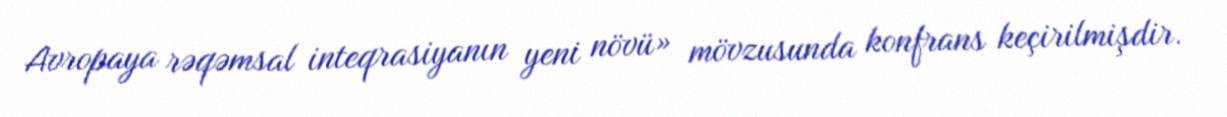
Avropaya rəqəmsal inteqrasiyanın yeni növü» mövzusunda konfrans keçirilmişdir.